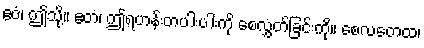
ဧဝံ၊ ဤသို့။ ဧတံ၊ ဤရဟန်းတပါးပါးကို စေလွှတ်ခြင်းကို။ စေလတေထ၊